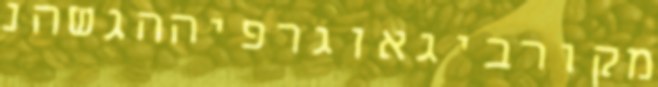
מקורביגאוגרפיההגשהנ